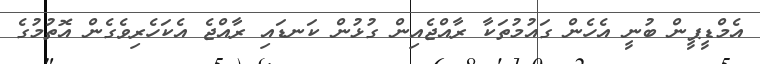
އެމްޑީޕީން ބުނީ އެހެން ގައުމުތަކާ ރާއްޖެއިން ގުޅުން ކަނޑައި ރާއްޖެ އެކަހެރިވެގެން އޮތުމުގެ